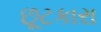
છૂટકારા